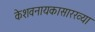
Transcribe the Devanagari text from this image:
केशवनायकासारख्या